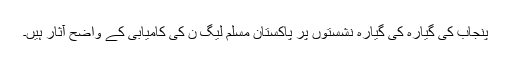
پنجاب کی گیارہ کی گیارہ نشستوں پر پاکستان مسلم لیگ ن کی کامیابی کے واضح آثار ہیں۔